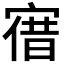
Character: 𡩤